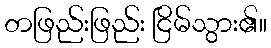
တဖြည်းဖြည်း ငြိမ်သွား၏။